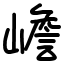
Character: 嶦